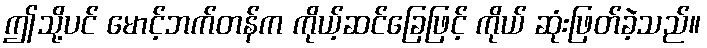
ဤသို့ပင် မောင့်ဘက်တန်က ကိုယ့်ဆင်ခြေဖြင့် ကိုယ် ဆုံးဖြတ်ခဲ့သည်။